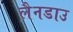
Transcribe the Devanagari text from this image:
लैनडाउ